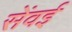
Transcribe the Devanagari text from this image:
सेंवई